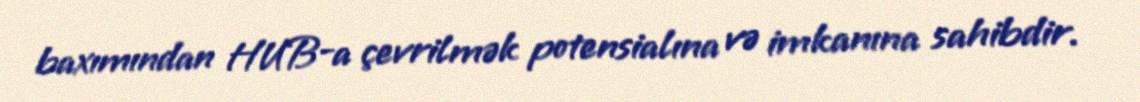
baxımından HUB-a çevrilmək potensialına və imkanına sahibdir.